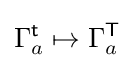
\Gamma _{a}^{\textsf {t}}\mapsto \Gamma _{a}^{\textsf {T}}